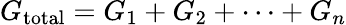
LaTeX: G_{\mathrm{total}}=G_{1}+G_{2}+\cdots+G_{n}